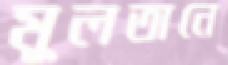
মুলতানে